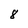
Character: 8